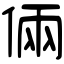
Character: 倆